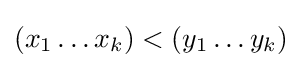
(x_{1}\ldots x_{k})<(y_{1}\ldots y_{k})